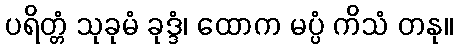
ပရိတ္တံ သုခုမံ ခုဒ္ဒံ၊ ထောက မပ္ပံ ကိသံ တနု။